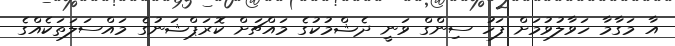
އާ މަގާމާ ހަވާލުވުމަށް ފަހު ސިންގް ވަނީ ދެޝްމުކުގެ މައްޗަށް ކޮރަޕްޝަނުގެ މައްސަލަތަކެއްގެ